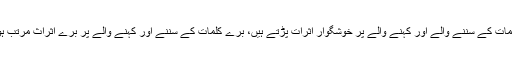
اچھے کلمات کے سننے والے اور کہنے والے پر خوشگوار اثرات پڑتے ہیں، برے کلمات کے سننے اور کہنے والے پر بُرے اثراث مرتب ہوتے ہیں۔